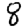
Digit: 8